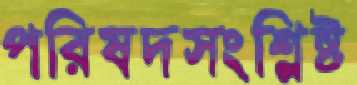
পরিষদসংশ্লিষ্ট